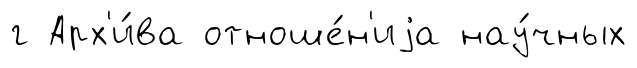
г Арх'и́ва отноше́н'иjа нау́чных